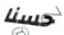
حسنا